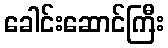
ခေါင်းဆောင်ကြီး